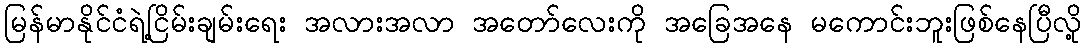
မြန်မာနိုင်ငံရဲ့ငြိမ်းချမ်းရေး အလားအလာ အတော်လေးကို အခြေအနေ မကောင်းဘူးဖြစ်နေပြီလို့